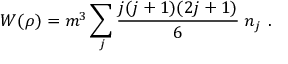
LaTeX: W { ( \rho ) } = m ^ { 3 } \sum _ { j } \frac { j ( j + 1 ) ( 2 j + 1 ) } { 6 } \; n _ { j } \ .